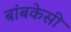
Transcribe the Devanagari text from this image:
बांबकेसी